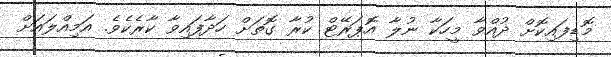
މޮޑިފައިކޮށް ދުއްވާ މީހަކާ ނުލާ އޮޕަރޭޓް ކުރާ ގޮތަށް ހަދާފައިވާ ކާރެކެވެ. އަމިއްލައަށް